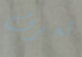
تعرف